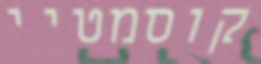
קוסמטיי